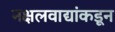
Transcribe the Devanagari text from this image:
नक्षलवाद्यांकडून